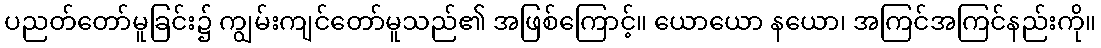
ပညတ်တော်မူခြင်း၌ ကျွမ်းကျင်တော်မူသည်၏ အဖြစ်ကြောင့်။ ယောယော နယော၊ အကြင်အကြင်နည်းကို။